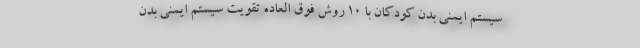
سیستم ایمنی بدن کودکان با ۱۰ روش فوق العاده تقویت سیستم ایمنی بدن